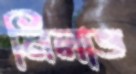
নিলাভ